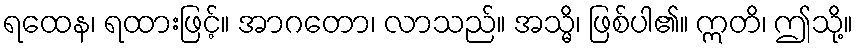
ရထေန၊ ရထားဖြင့်။ အာဂတော၊ လာသည်။ အသ္မိ၊ ဖြစ်ပါ၏။ ဣတိ၊ ဤသို့။